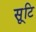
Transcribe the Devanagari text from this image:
सृ्टि